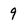
Character: 9